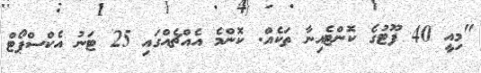
"މިއީ 40 ފޫޓުގެ ކޮންޓެއިނާ ތަކެއް. ކޮންމެ އެއްޗެއްގައި 25 ޓަނު އެކްސްޕޯޓް